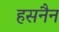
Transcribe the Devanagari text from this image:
हसनैन